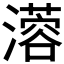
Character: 𤁇